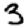
Digit: 3